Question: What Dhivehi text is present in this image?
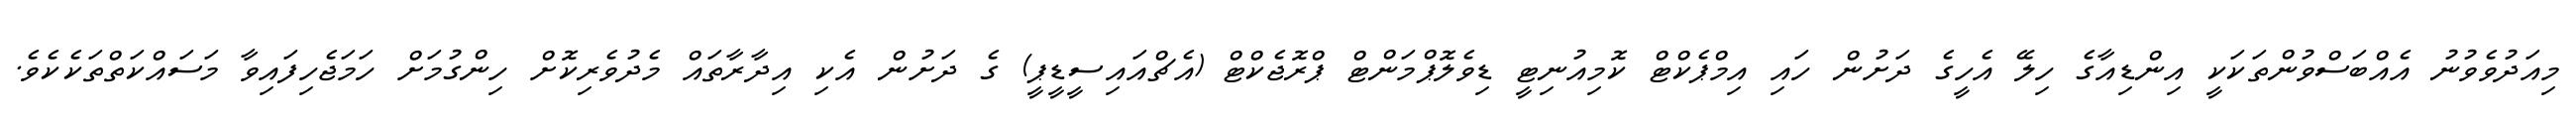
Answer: މިއަދުވެވުނު އެއްބަސްވުންތަކަކީ އިންޑިއާގެ ހިލޭ އެހީގެ ދަށުން ހައި އިމްޕެކްޓް ކޮމިއުނިޓީ ޑިވެލޮޕްމަންޓް ޕްރޮޖެކްޓް (އެޗްއައިސީޑީޕީ) ގެ ދަށުން އެކި އިދާރާތައް މެދުވެރިކޮށް ހިންގުމަށް ހަމަޖެހިފައިވާ މަސައްކަތްތަކެކެވެ.